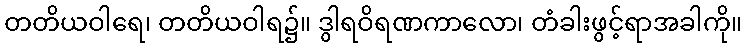
တတိယဝါရေ၊ တတိယဝါရ၌။ ဒွါရဝိရဏကာလော၊ တံခါးဖွင့်ရာအခါကို။